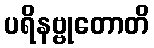
ပရိနဗ္ဗုတောတိ